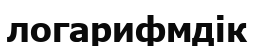
логарифмдік